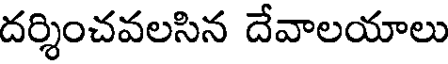
దర్శించవలసిన దేవాలయాలు